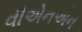
વીએનએન